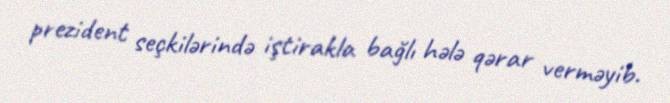
prezident seçkilərində iştirakla bağlı hələ qərar verməyib.